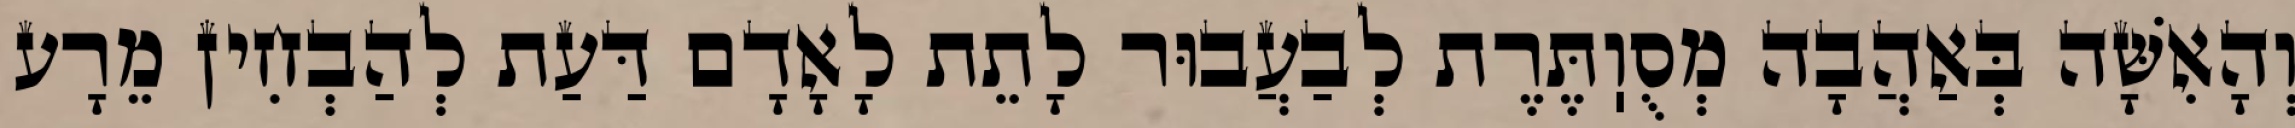
וְהָאִשָּׁה בְּאַהֲבָה מְסֻוֽתֶּרֶת לְבַעֲבוּר לָתֵת לָאָדָם דַּעַת לְהַבְחִין מֵרָע